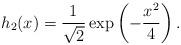
LaTeX: \begin{align*} h_2(x) = \frac{1}{\sqrt{2}} \exp\left(- \frac{x^2}{4}\right).\end{align*}